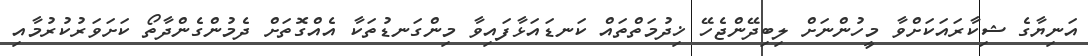
އަނިޔާގެ ޝިކާރައަކަށްވާ މީހުންނަށް ލިބިދޭންޖެހޭ ޚިދުމަތްތައް ކަނޑައަޅާފައިވާ މިންގަނޑުތަކާ އެއްގޮތަށް ދެމުންގެންދާތޯ ކަށަވަރުކުރުމާއި